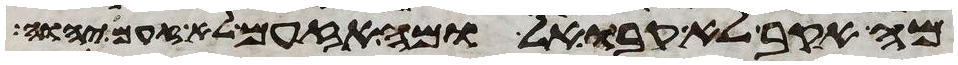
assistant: מה אקב לא קבו אל ומה אזעם לא זעם יהוה